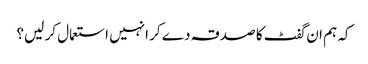
کہ ہم ان گفٹ کا صدقہ دے کر انہیں استعمال کر لیں؟